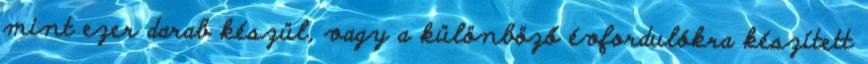
mint ezer darab készül, vagy a különböző évfordulókra készített